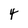
Character: 4